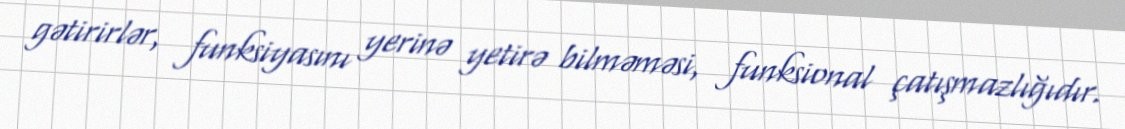
gətirirlər, funksiyasını yerinə yetirə bilməməsi, funksional çatışmazlığıdır.